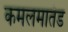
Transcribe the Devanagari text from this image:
कमलमातंड